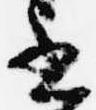
書